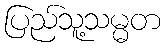
ပြည်သူ့သမ္မတ